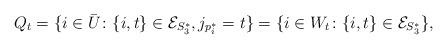
LaTeX: \begin{align*}Q_t=\{i\in\bar{U}\colon \{i,t\}\in\mathcal{E}_{S_3^*},j_{p^*_i}=t\}=\{i\in W_t\colon \{i,t\}\in\mathcal{E}_{S_3^*}\},\end{align*}